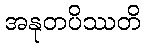
အနုတပိဿတိ